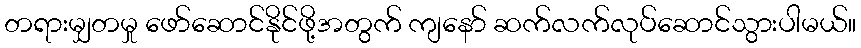
တရားမျှတမှု ဖော်ဆောင်နိုင်ဖို့အတွက် ကျနော် ဆက်လက်လုပ်ဆောင်သွားပါမယ်။